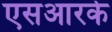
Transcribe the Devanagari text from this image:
एसआरके